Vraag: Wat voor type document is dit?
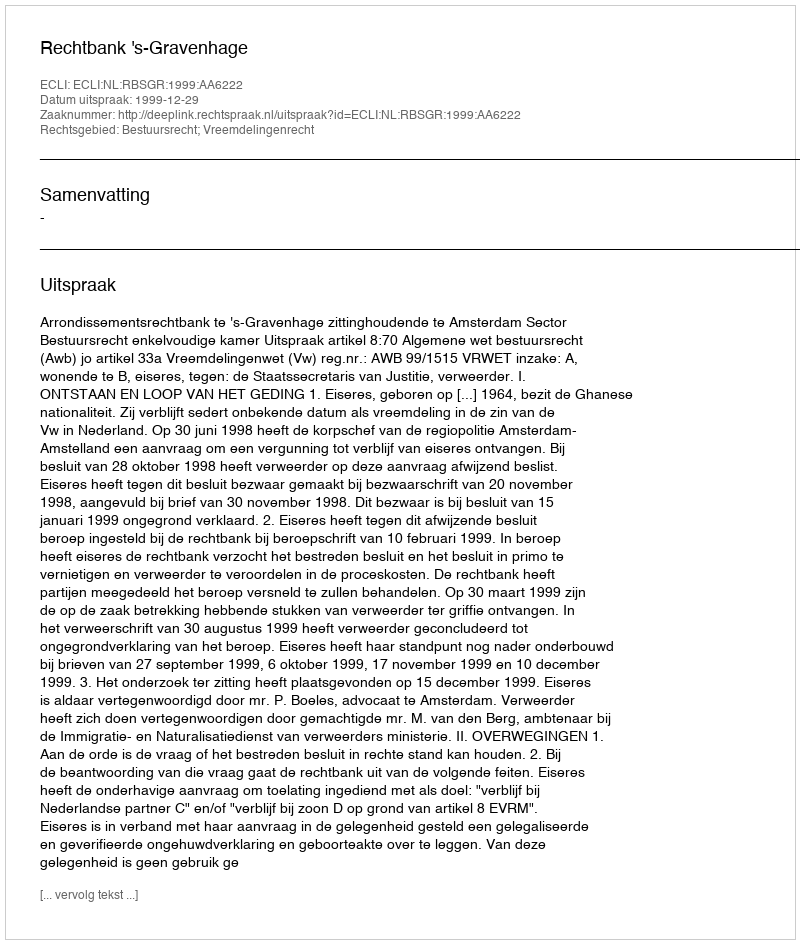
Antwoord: Uitspraak